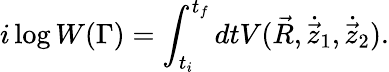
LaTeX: i\log W(\Gamma)=\int_{t_{i}}^{t_{f}}dtV(\vec{R},{\dot{\vec{z}}}_{1},{\dot{\vec{z}}}_{2}).